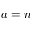
a = n